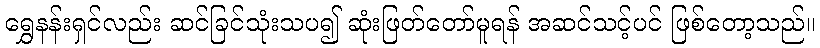
ရွှေနန်းရှင်လည်း ဆင်ခြင်သုံးသပ၍ ဆုံးဖြတ်တော်မူရန် အဆင်သင့်ပင် ဖြစ်တော့သည်။